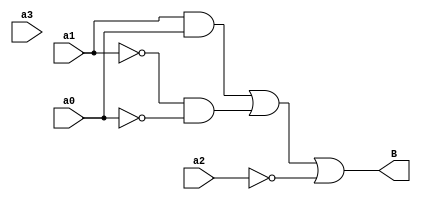
module seg(input a3, input a2, input a1, input a0, output B);
  wire w1;
  
  assign w1 = (a1 & a0) | (~a1 & ~a0);
  assign B = (w1 | ~a2);

endmodule